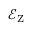
\mathcal { E } _ { \mathrm { Z } }